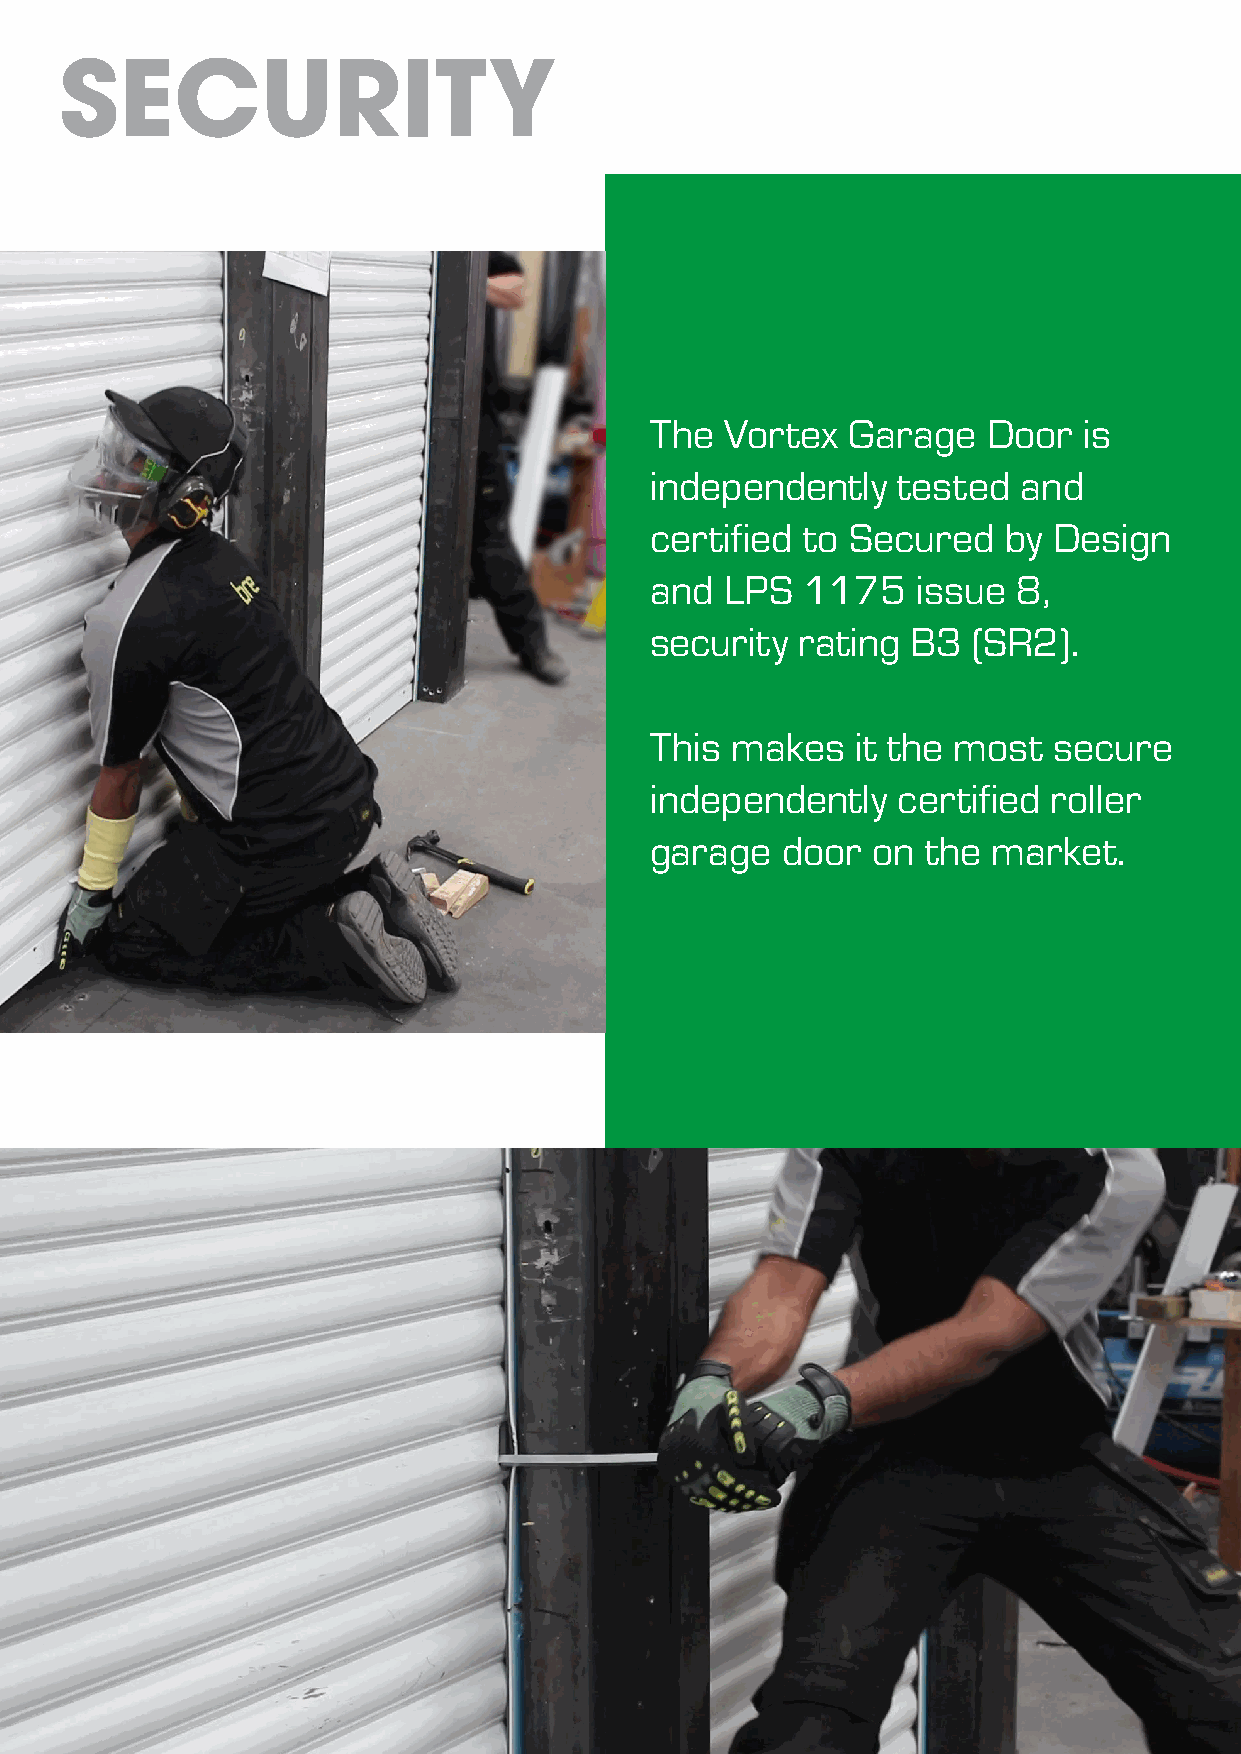
SECURITY
 The  Vortex  Garage   Door   is
 independently   tested   and
 certified to Secured   by  Design
 and  LPS  1175    issue 8,
 security  rating B3  (SR2).
 This makes    it the most  secure
 independently   certified roller
 garage   door  on the  market.